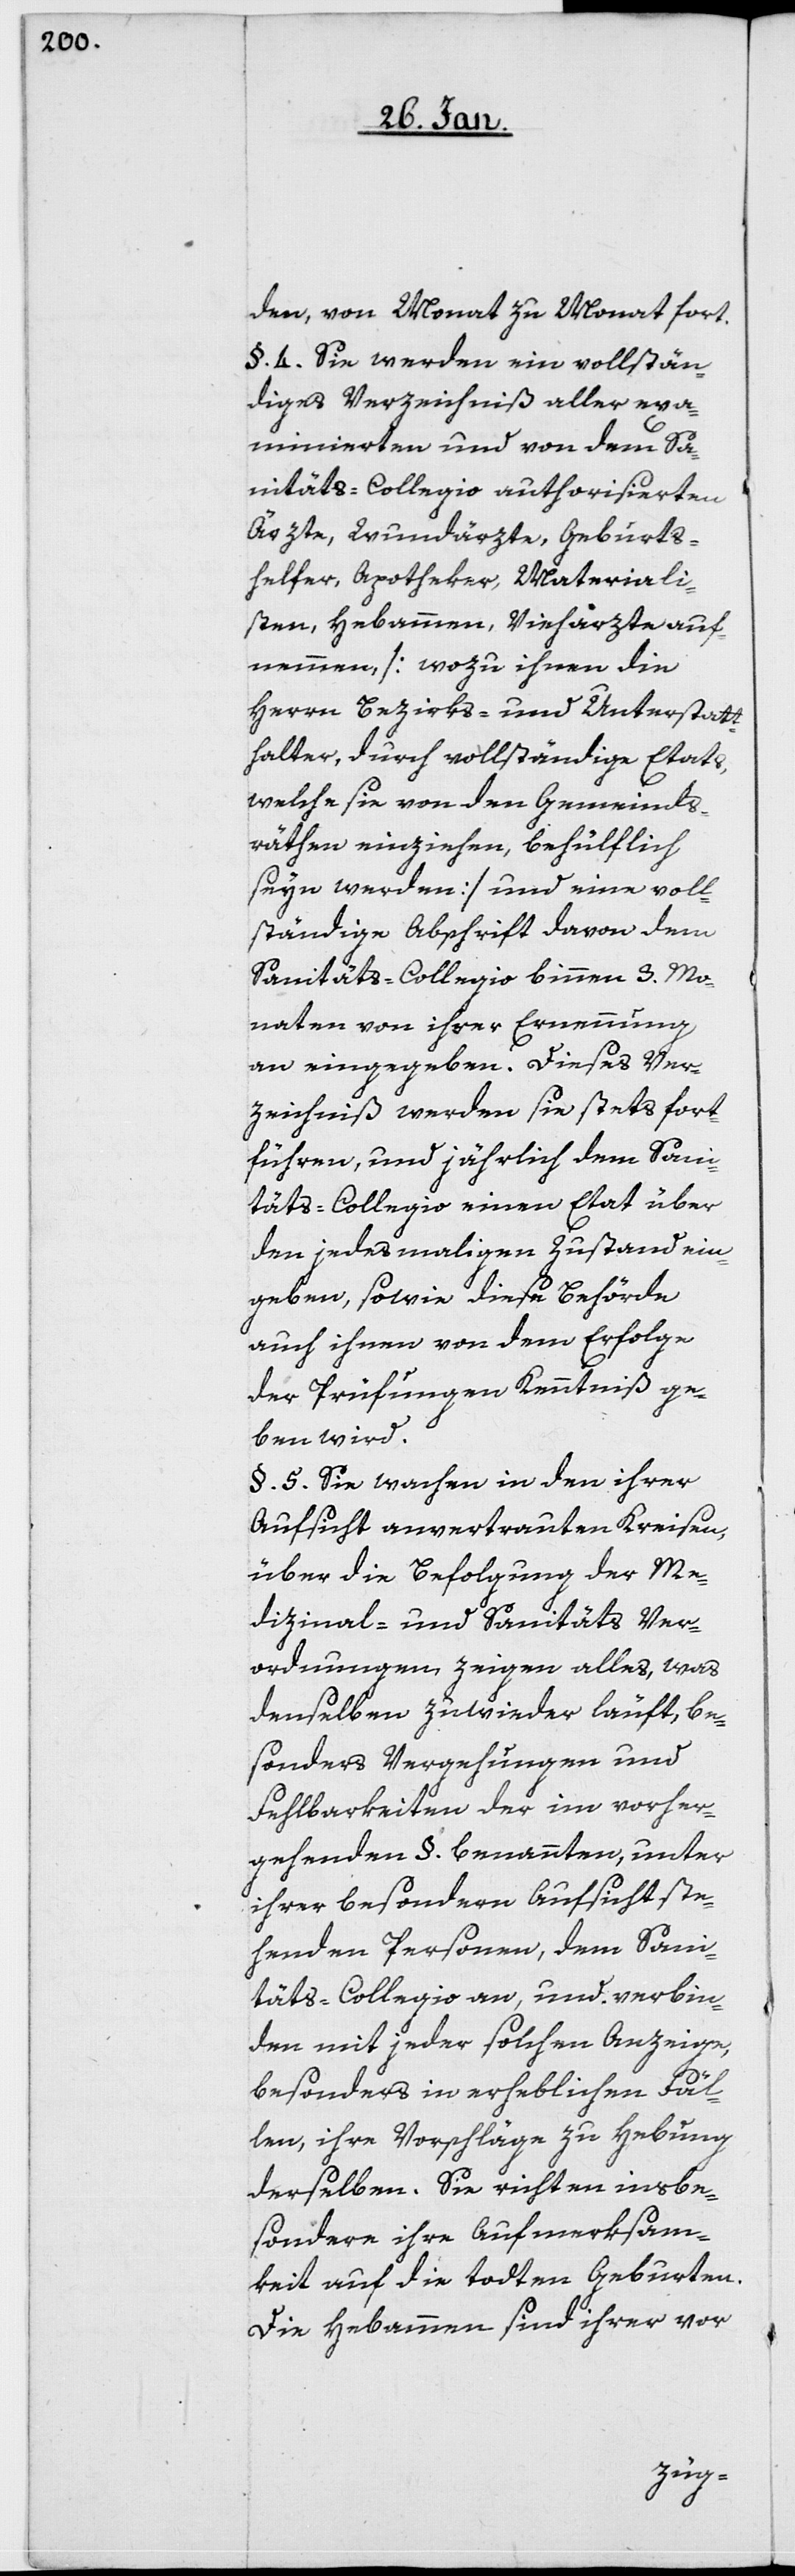
den, von Monat zu Monat fort.
§. 4. Sie werden ein vollstän¬
diges Verzeichniß aller exa¬
minierten und von dem Sa¬
nitäts-Collegio autorisierten
Ärzte, Wundärzte, Geburts¬
helfer, Apotheker, Materiali¬
sten, Hebammen, Viehärzte auf¬
nemmen [wozu ihnen die
Herren Bezirks- und Unterstatt¬
halter, durch vollständige Etats,
welche sie von dem Gemeinds¬
räthen einziehen, behülflich
seyn werden] und eine voll¬
ständige Abschrift davon dem
Sanitäts-Collegio binnen 3. Mo¬
naten von ihrer Ernennung
an eingegeben. Dieses Ver¬
zeichniß werden sie stets fort¬
führen, und jährlich dem Sani¬
täts-Collegio einen Etat über
den jedesmaligen Zustand ein¬
geben, sowie diese Behörde
auch ihnen von dem Erfolge
der Prüfungen Kenntniß ge¬
ben wird.
§. 5. Sie wachen in den ihrer
Aufsicht anvertrauten Kreisen,
über die Befolgung der Me¬
dizinal- und Sanitäts Ver¬
ordnungen, zeigen alles, was
denselben zuwider läuft, be¬
sonders Vergehungen und
Fehlbarkeiten der im vorher¬
gehenden §. benannten, unter
ihrer besondern Aufsicht ste¬
henden Personen, dem Sani¬
täts-Collegio an, und verbin¬
den mit jeder solchen Anzeige,
besonders in erheblichen Fäl¬
len, ihre Vorschläge zu Hebung
derselben. Sie richten insbe¬
sondere ihre Aufmerksam¬
keit auf die todten Geburten.
Die Hebammen sind ihrer vor-